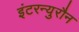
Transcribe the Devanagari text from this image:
इंटरन्युरौन